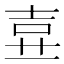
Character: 𡔦